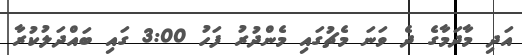
އަދި މާދަމާގެ ދެ ވަނަ މެޗުގައި މެންދުރު ފަހު 3:00 ގައި ބައްދަލުކުރާ